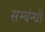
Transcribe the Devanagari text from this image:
सम्बंन्धी